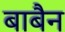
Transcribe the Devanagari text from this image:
बाबैन